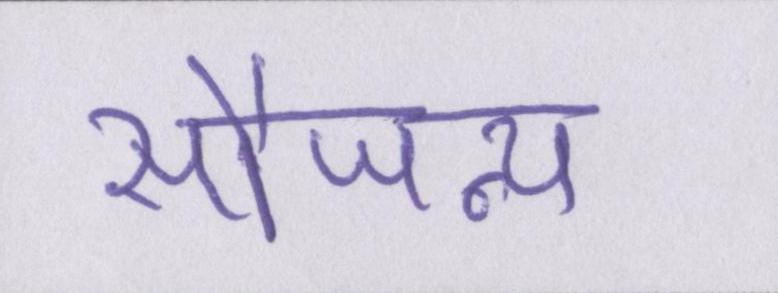
सौजन्य